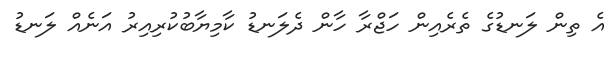
އެ ތިން ލަނޑުގެ ތެރެއިން ހަޖްރާ ހާން ދެލަނޑު ކާމިޔާބުކުރިއިރު އަނެއް ލަނޑު